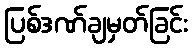
ပြစ်ဒဏ်ချမှတ်ခြင်း